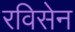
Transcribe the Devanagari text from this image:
रविसेन